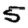
Digit: 5